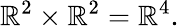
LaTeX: \mathbb{R}^{2}\times\mathbb{R}^{2}=\mathbb{R}^{4}.